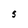
Character: S